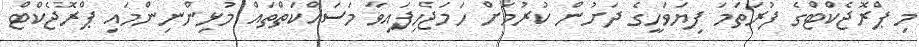
މި ޕްރޮޖެކްޓްގެ ފުރަތަމަ ފިޔަވަހީގެ ދަށުން ކުރުމަށް ހަމަޖެހިފައިވާ މަސައްކަތްތައް މުޅިންނިންމައި ޕްރޮޖެކްޓް